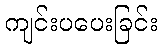
ကျင်းပပေးခြင်း